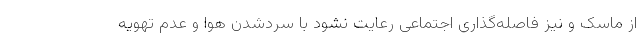
از ماسک و نیز فاصله‌گذاری اجتماعی رعایت نشود با سردشدن هوا و عدم تهویه